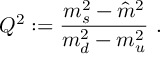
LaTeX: Q ^ { 2 } : = \displaystyle \frac { m _ { s } ^ { 2 } - \hat { m } ^ { 2 } } { m _ { d } ^ { 2 } - m _ { u } ^ { 2 } } ~ .